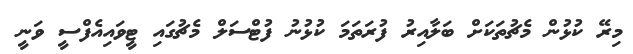
މިރޭ ކުޅުން މެޗުތަކަށް ބަލާއިރު ފުރަތަމަ ކުޅުނު ފުޓްސަލް މެޗުގައި ޓީވައިއެފްސީ ވަނީ